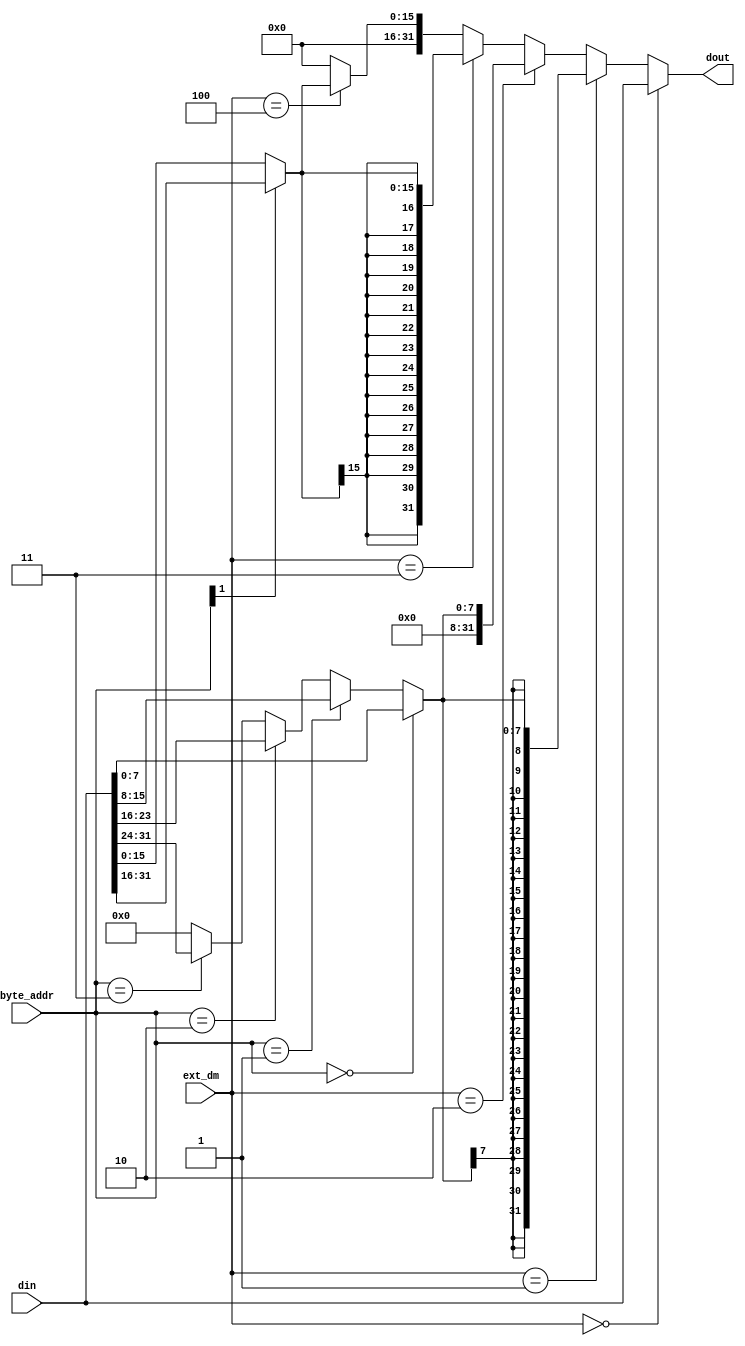
`timescale 1ns / 1ps
//////////////////////////////////////////////////////////////////////////////////
// Company: 
// Engineer: 
// 
// Design Name: 
// Module Name: ext_dm
// Project Name: 
// Target Devices: 
// Tool Versions: 
// Description: 
// 
// Dependencies: 
// 
// Revision:
// Revision 0.01 - File Created
// Additional Comments:
// 
//////////////////////////////////////////////////////////////////////////////////


module ext_dm(
    input [1:0] byte_addr,
    input [2:0] ext_dm,
    input [31:0] din,
    output [31:0] dout
    );
    wire [7:0] byte;
    wire [15:0] half_byte;
    assign byte = (byte_addr == 2'b00) ? din[7:0]:
                 (byte_addr == 2'b01) ? din[15:8]:
                (byte_addr == 2'b10) ? din[23:16]:
                (byte_addr == 2'b11) ? din[31:24]:
                                                0;
                                                
    assign half_byte = (byte_addr[1] == 0) ? din[15:0]:
                      (byte_addr[1] == 1) ? din[31:16]:
                                                     0;
    assign dout = (ext_dm == 3'b000) ? din:
                  (ext_dm == 3'b001) ? {{24{byte[7]}}, byte}:
                  (ext_dm == 3'b010) ? {{24{1'b0}}, byte}:
                  (ext_dm == 3'b011) ? {{16{half_byte[15]}}, half_byte}:
                  (ext_dm == 3'b100) ? {{16{1'b0}}, half_byte}:
                                                         32'h0;
    
endmodule